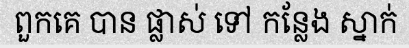
ពួកគេ បាន ផ្លាស់ ទៅ កន្លែង ស្នាក់